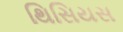
થિસિયસ